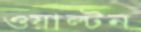
ওয়াল্টন